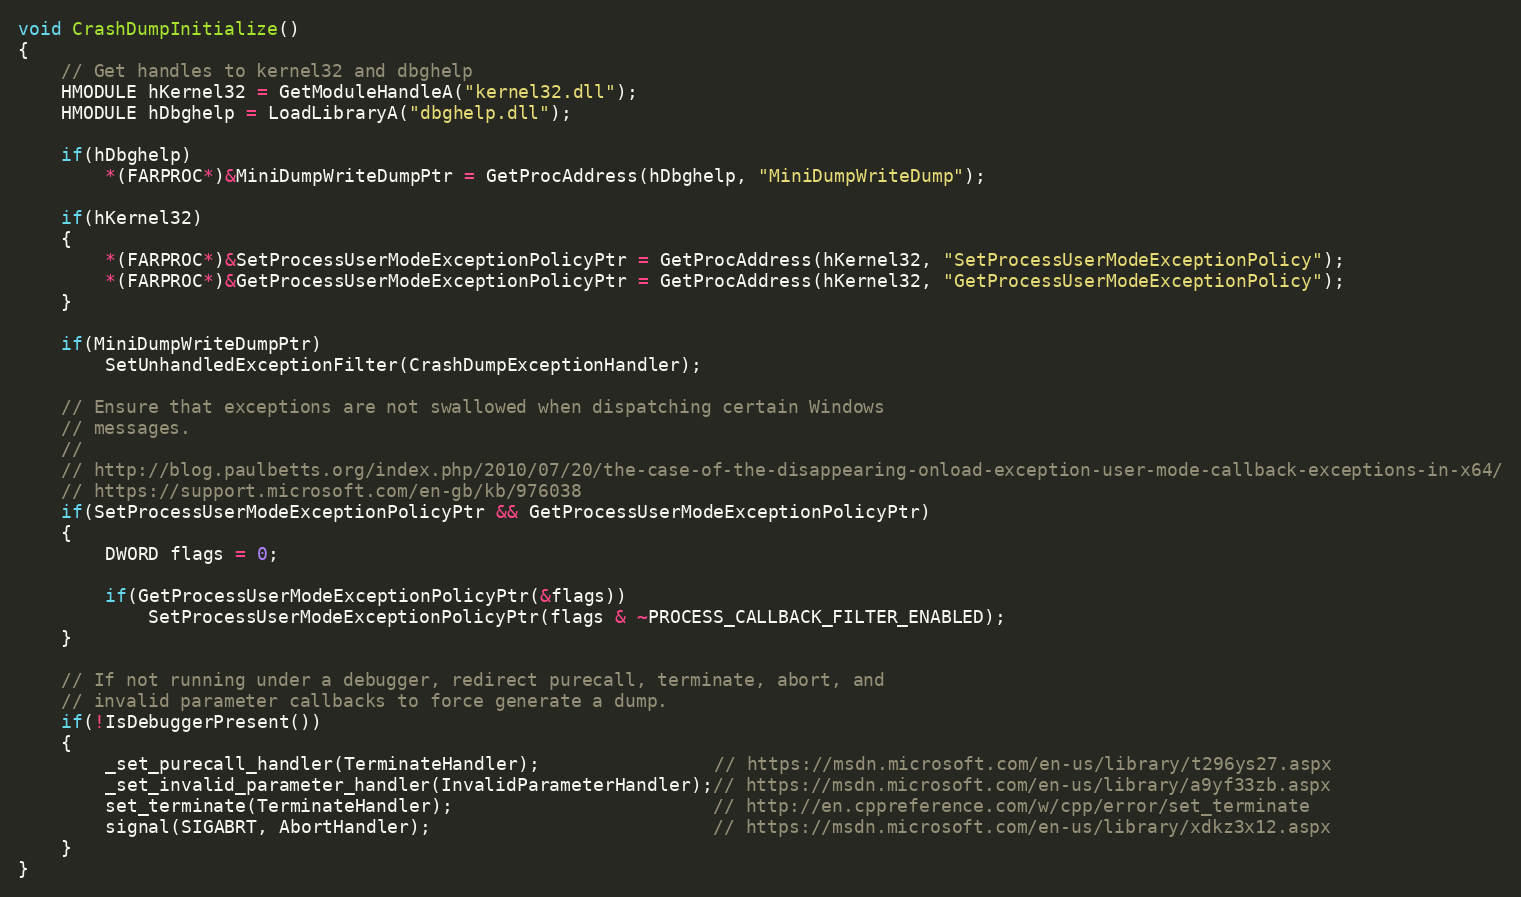
Language: C++
void CrashDumpInitialize()
{
    // Get handles to kernel32 and dbghelp
    HMODULE hKernel32 = GetModuleHandleA("kernel32.dll");
    HMODULE hDbghelp = LoadLibraryA("dbghelp.dll");

    if(hDbghelp)
        *(FARPROC*)&MiniDumpWriteDumpPtr = GetProcAddress(hDbghelp, "MiniDumpWriteDump");

    if(hKernel32)
    {
        *(FARPROC*)&SetProcessUserModeExceptionPolicyPtr = GetProcAddress(hKernel32, "SetProcessUserModeExceptionPolicy");
        *(FARPROC*)&GetProcessUserModeExceptionPolicyPtr = GetProcAddress(hKernel32, "GetProcessUserModeExceptionPolicy");
    }

    if(MiniDumpWriteDumpPtr)
        SetUnhandledExceptionFilter(CrashDumpExceptionHandler);

    // Ensure that exceptions are not swallowed when dispatching certain Windows
    // messages.
    //
    // http://blog.paulbetts.org/index.php/2010/07/20/the-case-of-the-disappearing-onload-exception-user-mode-callback-exceptions-in-x64/
    // https://support.microsoft.com/en-gb/kb/976038
    if(SetProcessUserModeExceptionPolicyPtr && GetProcessUserModeExceptionPolicyPtr)
    {
        DWORD flags = 0;

        if(GetProcessUserModeExceptionPolicyPtr(&flags))
            SetProcessUserModeExceptionPolicyPtr(flags & ~PROCESS_CALLBACK_FILTER_ENABLED);
    }

    // If not running under a debugger, redirect purecall, terminate, abort, and
    // invalid parameter callbacks to force generate a dump.
    if(!IsDebuggerPresent())
    {
        _set_purecall_handler(TerminateHandler);                // https://msdn.microsoft.com/en-us/library/t296ys27.aspx
        _set_invalid_parameter_handler(InvalidParameterHandler);// https://msdn.microsoft.com/en-us/library/a9yf33zb.aspx
        set_terminate(TerminateHandler);                        // http://en.cppreference.com/w/cpp/error/set_terminate
        signal(SIGABRT, AbortHandler);                          // https://msdn.microsoft.com/en-us/library/xdkz3x12.aspx
    }
}